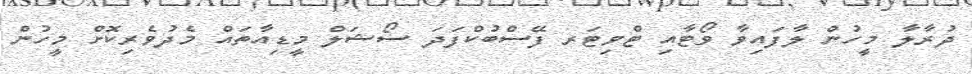
ދުރާލާ މީހުން ލާފައިވާ ވޯޓާއި ޓްވިޓަރ ފޭސްބުކްފަދަ ސޯޝަލް މީޑިއާތައް މެދުވެރިކޮށް މީހުން